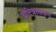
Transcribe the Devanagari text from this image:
चरित्रावरून